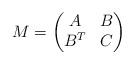
LaTeX: \begin{align*}M = \begin{pmatrix} A & B\\ B^T & C \end{pmatrix}\end{align*}